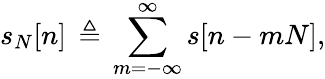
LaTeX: s_{N}[n]\, \triangleq\, \sum_{m=-\infty}^{\infty}s[n-mN],